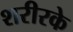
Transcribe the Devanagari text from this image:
शरीरके